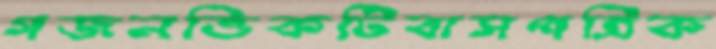
গজনভিকটিবাসপত্রিক